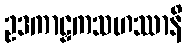
ဥဒကာဠှကသဟဿာနိ